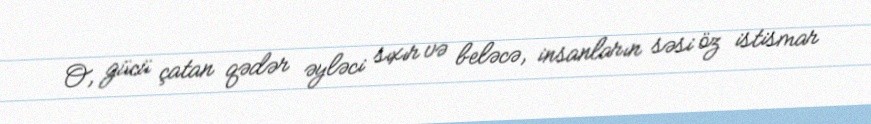
O, gücü çatan qədər əyləci sıxır və beləcə, insanların səsi öz istismar